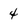
Character: 4